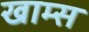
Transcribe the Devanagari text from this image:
खाम्स